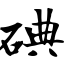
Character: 碘